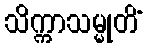
သိက္ကာသမ္မုတိံ